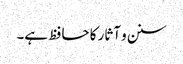
سنن و آثار کا حافظ ہے۔